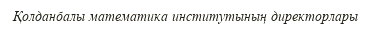
Қолданбалы математика институтының директорлары